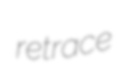
retrace